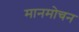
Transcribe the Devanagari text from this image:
मानमोचन